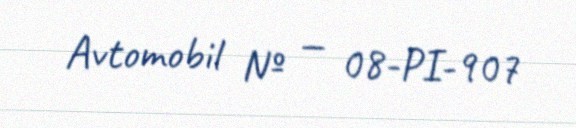
Avtomobil № — 08-PI-907